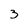
Character: 3